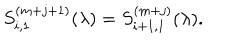
LaTeX: S _ { i , 1 } ^ { ( m + j + 1 ) } ( \lambda ) = S _ { i + 1 , 1 } ^ { ( m + j ) } ( \lambda ) .